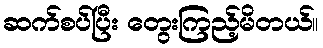
ဆက်စပ်ပြီး တွေးကြည့်မိတယ်။